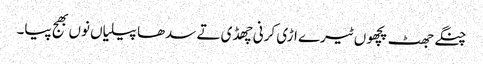
چنگے جھٹ پچھوں ٹیرے اڑی کرنی چھڈی تے سدھا پیلیاں نوں بھج پیا۔